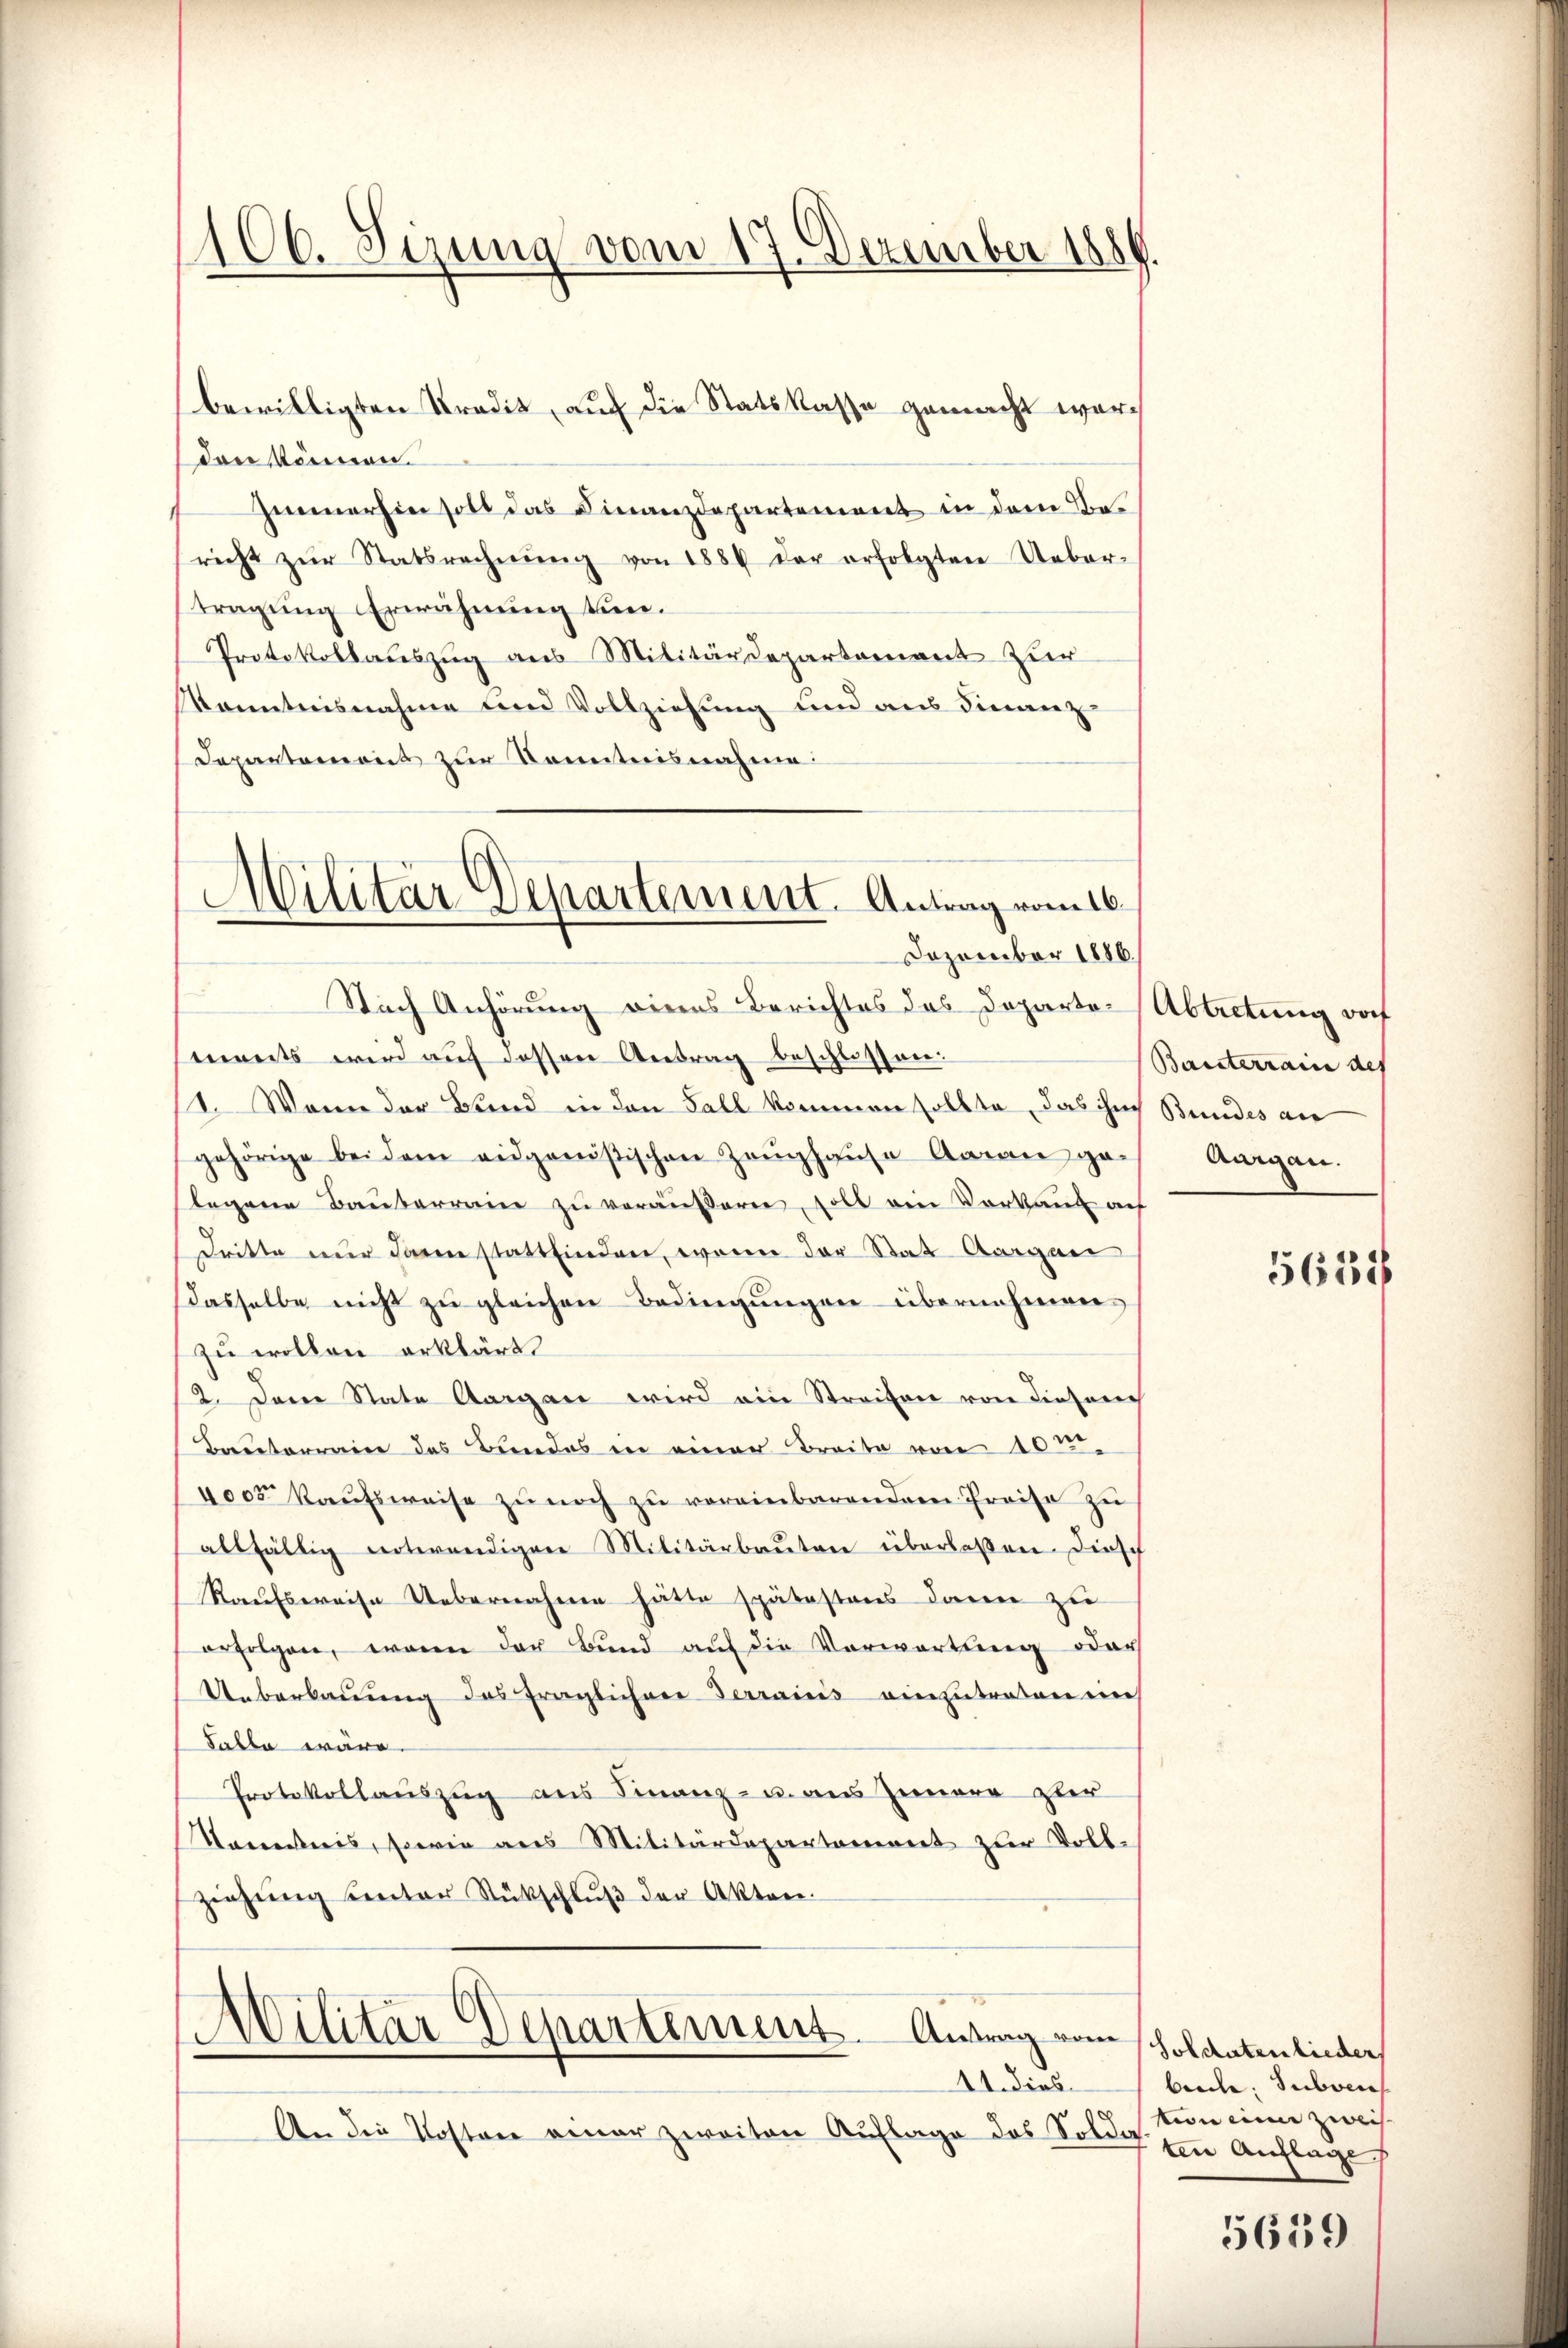
106. Sizung vom 17. Dezember 1889.

den können.
1 Immerhin soll das Finanzdepartement in dem Bericht zŭr Statsrechnŭng von 1884 der erfolgten Ueber-
tragung Erwähnung tun.
Protokollauszug aus Militärdepartement zur
Kenntnisnahme und Vollziehung und aus Finanz
Departement zur Kenntnisnahme:

bewilligten Predit, auf die Statskasse gemacht wor¬

Militär-Departement. Antrag vom 16.
Dezember 1886.

Nach Anhörung eines Berichtes des Departe Abtretung doch
ments wird auf dessen Antrag beschlossen:
11. Wenn der Bund in den Fall kommen sollte, das in Bundes an
gehörige bei dem eidgenößischen Zeughause Arrangach Aargau.
legene Baŭverrain zŭ veräŭβern, soll ein Vorkauf auf
dritte nur dann stattfinden, wenn der Stat Aargau
dasselbe nicht zu gleichen Bedingungen übernehmen
zu wollen erklärt.
2. Dem State Aargau wird ein Streifen von dieserch
Brusterraine das Bundes in einer Breite von 10te
4005 kaŭfsweise zŭ noch zŭ vereinbarendem Preise zu
allfällig notwendigen Militärbaŭten überlaßen. Diesch
Raufsweise Uebernahme hätte spätestens dann zu
erfolgen, waren der Bund auf die Vorwortung oder
Ueberbaŭŭng des fraglichere Terrains ein Entreten ein
Salla wäre.
Protokollauszug aus Finanz- u. aus Zunara zuer
Varestnis, sowie aus Militärdepartanereit zur Vollziehŭng ŭnter Rückschlŭβ der Akten

Militar Departement. Antrag vom Soldatenlieder
11. dies

An die Kosten einer zweiten Auflage das Solda

Bauterrain des

beide Subven
von eine zweif
ten Auflage

5659

5637